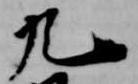
九